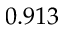
0 . 9 1 3